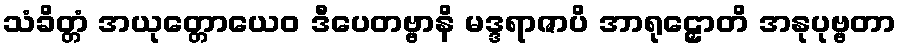
သံခိတ္တံ အယုတ္တောယေဝ ဒီပေတဗ္ဗာနိ မဒ္ဒရာဇာပိ အာရုဠှောတိ အနုပုဗ္ဗတာ